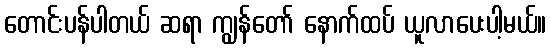
တောင်းပန်ပါတယ် ဆရာ ကျွန်တော် နောက်ထပ် ယူလာပေးပါ့မယ်။